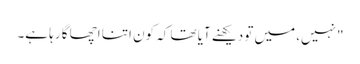
"نہیں، میں تو دیکھنے آیا تھا کہ کون اتنا اچھا گا رہا ہے۔